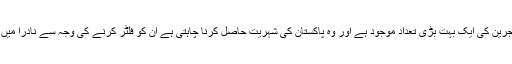
پاکستان میں افغان مہاجرین کی ایک بہت بڑی تعداد موجود ہے اور وہ پاکستان کی شہریت حاصل کرنا چاہتی ہے ان کو فلٹر کرنے کی وجہ سے نادرا میں پالیسی بنائی گئی ہے۔